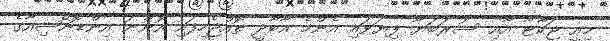
މިއީ ޖަކާޓާ އާއި ސުރަބަޔާ ފިޔަވައި އެންމެ އާބާދީ ތޮއްޖެހިފައި އޮންނަ އިންޑޮނޭޝިއާގެ